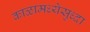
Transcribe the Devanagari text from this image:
काळामध्येसुध्दा